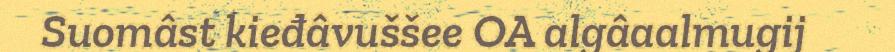
Suomâst kieđâvuššee OA algâaalmugij